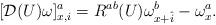
LaTeX: \begin{align*}[{\cal D}(U)\omega]_{x,i}^a = R^{ab}(U) \omega_{x+\hat{i}}^b - \omega_x^a .\end{align*}